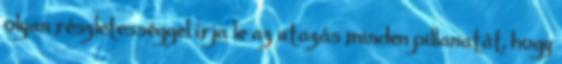
olyan részletességgel írja le az utazás minden pillanatát, hogy